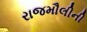
રાજમૌલીની